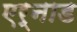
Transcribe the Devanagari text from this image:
एर्नाड